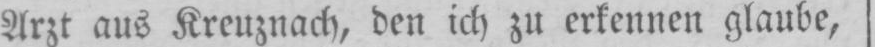
Arzt aus Kreuznach, den ich zu erkennen glaube,